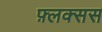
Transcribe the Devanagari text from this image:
फ़्लक्सस